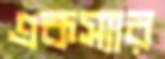
একস্যার